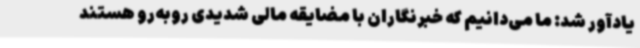
یادآور شد: ما می‌دانیم که خبرنگاران با مضایقه مالی شدیدی روبه‌رو هستند